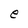
Character: e